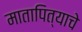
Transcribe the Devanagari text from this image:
मातापित्याचे